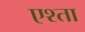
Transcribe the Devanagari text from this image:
एश्ता